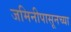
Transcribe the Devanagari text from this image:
जमिनीपासूनच्या